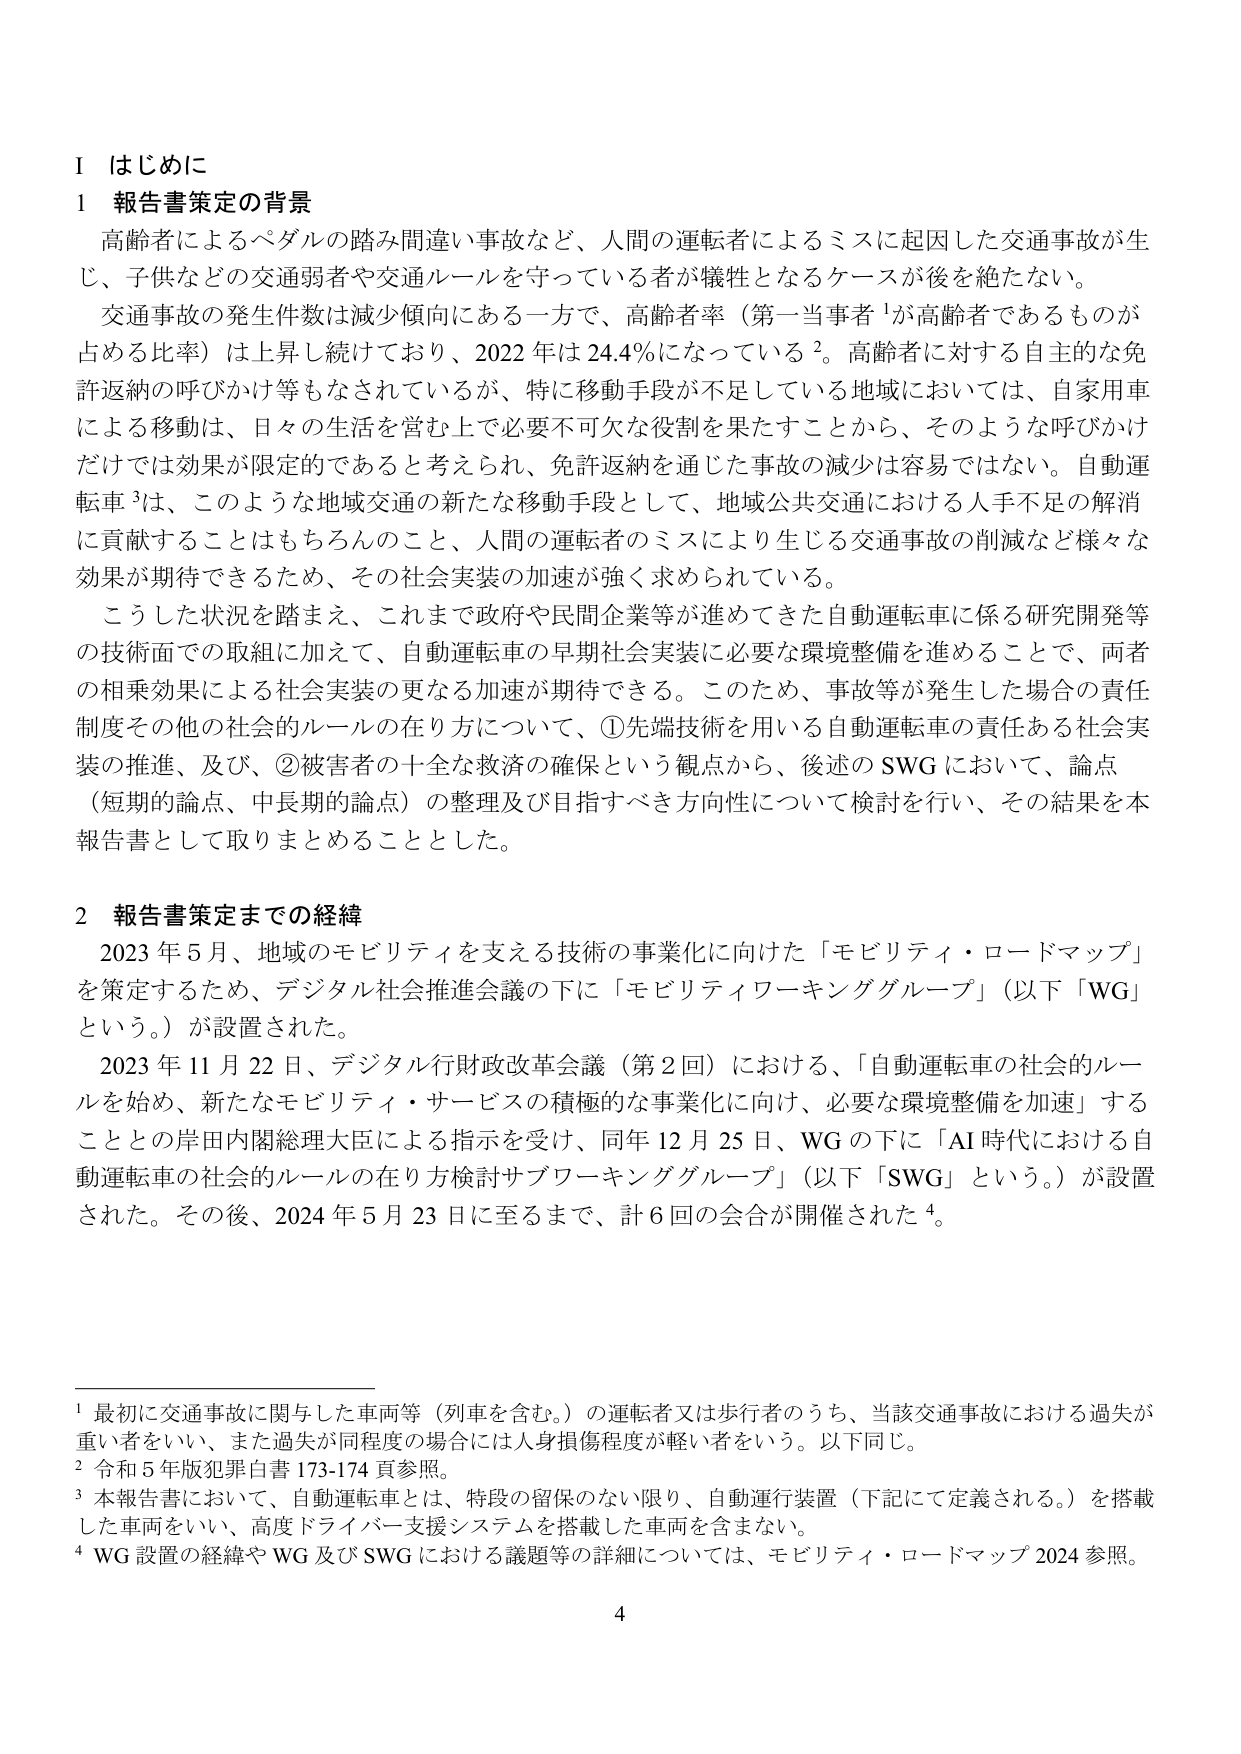
Ⅰ はじめに
1 報告書策定の背景
高齢者によるペダルの踏み間違い事故など、人間の運転者によるミスに起因した交通事故が生じ、子供などの交通弱者や交通ルールを守っている者が犠牲となるケースが後を絶たない。
交通事故の発生件数は減少傾向にある一方で、高齢者率（第一当事者¹が高齢者であるものが占める比率）は上昇し続けており、2022年は24.4％になっている²。高齢者に対する自主的な免許返納の呼びかけ等もなされているが、特に移動手段が不足している地域においては、自家用車による移動は、日々の生活を営む上で必要不可欠な役割を果たすことから、そのような呼びかけだけでは効果が限定的であると考えられ、免許返納を通じた事故の減少は容易ではない。自動運転車³は、このような地域交通の新たな移動手段として、地域公共交通における人手不足の解消に貢献することはもちろんのこと、人間の運転者のミスにより生じる交通事故の削減など様々な効果が期待できるため、その社会実装の加速が強く求められている。
こうした状況を踏まえ、これまで政府や民間企業等が進めてきた自動運転車に係る研究開発等の技術面での取組に加えて、自動運転車の早期社会実装に必要な環境整備を進めることで、両者の相乗効果による社会実装の更なる加速が期待できる。このため、事故等が発生した場合の責任制度その他の社会的ルールの在り方について、①先端技術を用いる自動運転車の責任ある社会実装の推進、及び、②被害者の十全な救済の確保という観点から、後述のSWGにおいて、論点（短期的論点、中長期的論点）の整理及び目指すべき方向性について検討を行い、その結果を本報告書として取りまとめることとした。

2 報告書策定までの経緯
2023年5月、地域のモビリティを支える技術の事業化に向けた「モビリティ・ロードマップ」を策定するため、デジタル社会推進会議の下に「モビリティワーキンググループ」（以下「WG」という。）が設置された。
2023年11月22日、デジタル行財政改革会議（第2回）における、「自動運転車の社会的ルールを始め、新たなモビリティ・サービスの積極的な事業化に向け、必要な環境整備を加速」することとの岸田内閣総理大臣による指示を受け、同年12月25日、WGの下に「AI時代における自動運転車の社会的ルールの在り方検討サブワーキンググループ」（以下「SWG」という。）が設置された。その後、2024年5月23日に至るまで、計6回の会合が開催された⁴。

¹ 最初に交通事故に関与した車両等（列車を含む。）の運転者又は歩行者のうち、当該交通事故における過失が重い者をいい、また過失が同程度の場合には人身損傷程度が軽い者をいう。以下同じ。
² 令和5年版犯罪白書173-174頁参照。
³ 本報告書において、自動運転車とは、特段の留保のない限り、自動運行装置（下記にて定義される。）を搭載した車両をいい、高度ドライバー支援システムを搭載した車両を含まない。
⁴ WG設置の経緯やWG及びSWGにおける議題等の詳細については、モビリティ・ロードマップ2024参照。

4